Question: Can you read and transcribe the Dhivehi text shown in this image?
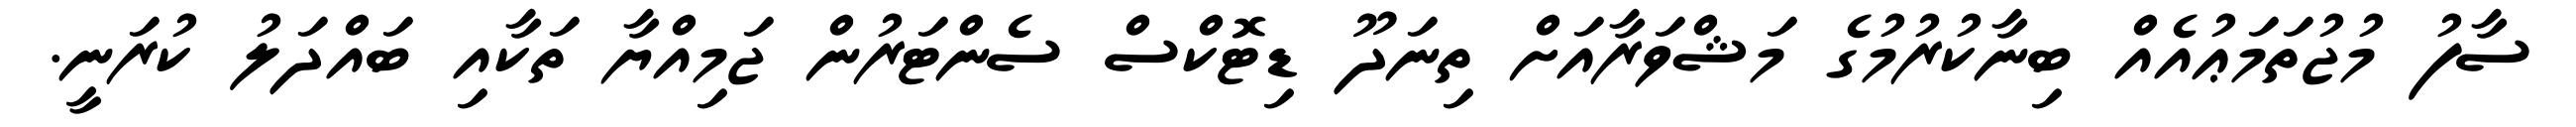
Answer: ސާފު މުޖުތަމަޢުއެއް ބިނާކުރުމުގެ މަޝްވަރާއަށް ތިނަދޫ ޑިޓޮކްސް ސެންޓަރުން ޖަމިއްޔާ ތަކާއި ބައްދަލު ކުރަނީ.